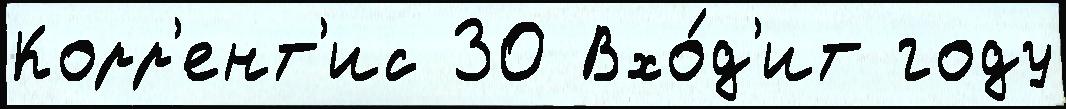
Корр'ент'ис 30 Вхо́д'ит году